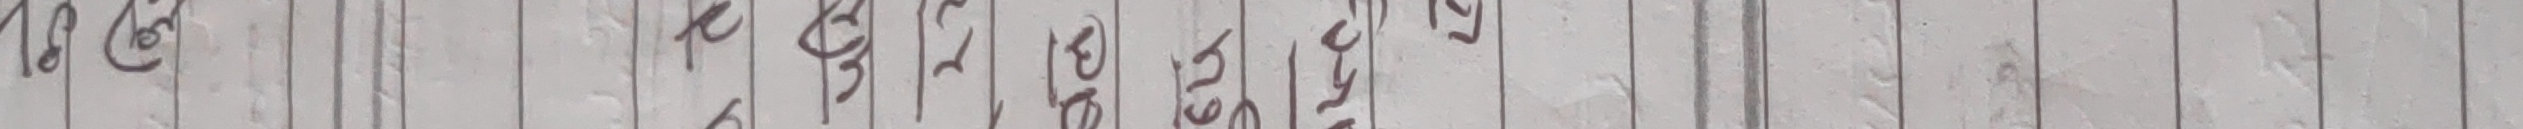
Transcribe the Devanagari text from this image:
काही देर